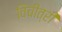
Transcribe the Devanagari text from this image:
विचीत्री